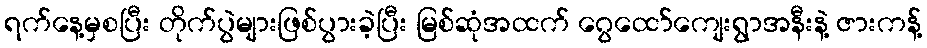
ရက်နေ့မှစပြီး တိုက်ပွဲများဖြစ်ပွားခဲ့ပြီး မြစ်ဆုံအထက် ဂွေထော်ကျေးရွာအနီးနဲ့ ဇားကန့်